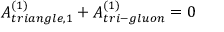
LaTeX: { \cal A } _ { t r i a n g l e , 1 } ^ { ( 1 ) } + { \cal A } _ { t r i - g l u o n } ^ { ( 1 ) } = 0